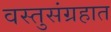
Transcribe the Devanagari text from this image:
वस्तुसंग्रहात